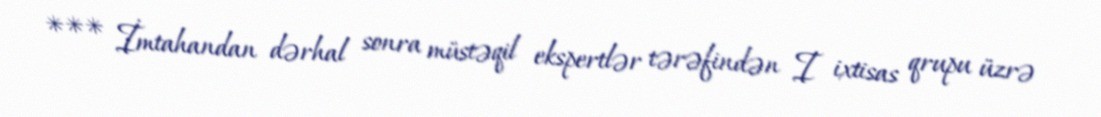
*** İmtahandan dərhal sonra müstəqil ekspertlər tərəfindən I ixtisas qrupu üzrə